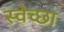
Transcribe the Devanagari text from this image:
स्‍वेच्‍छा